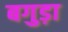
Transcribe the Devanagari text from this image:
बगुड़ा